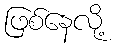
ဖြစ်နေလို့